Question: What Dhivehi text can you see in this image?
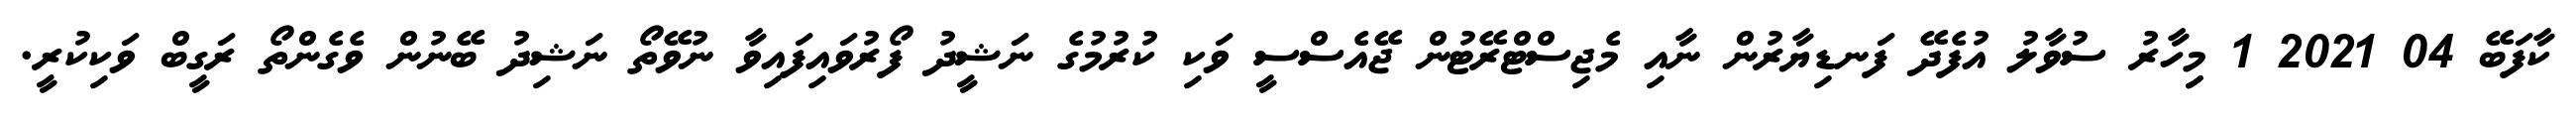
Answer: ކާފަބޭ 04 2021 1 މިިހާރު ސުވާލު އުފެދޭ ފަނޑިޔާރުން ނާއި މެޖިސްޓްރޭޓުން ޖޭއެސްސީ ވަކި ކުރުމުގެ ނަޝީދު ފޯރުވައިފައިވާ ނުވޭތޯ ނަޝިދު ބޭނުން ވެގެންތޯ ރަގީބް ވަކިކުރީ.